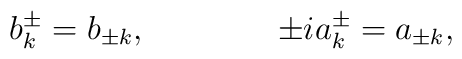
b_k^{\pm}=b_{\pm k}, \qquad\qquad \pm ia_k^{\pm}=a_{\pm k},